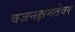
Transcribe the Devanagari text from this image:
वजनक्षमतेवर